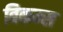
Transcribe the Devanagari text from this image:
बिकम्स